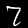
Label: 7